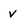
Character: v